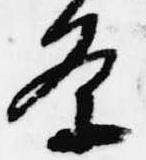
条